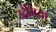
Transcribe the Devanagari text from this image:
उदैनिया